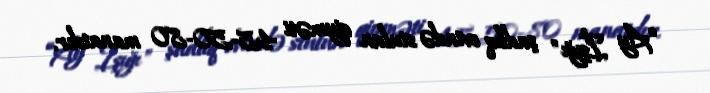
“Ay İşığı" şadlıq evində stulun qiyməti 45-50-80 manatdır.